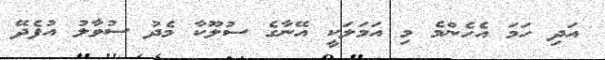
އަދި ހަމަ އެހެންމެ މި އަމަލަކީ އޭނާގެ ސުލޫކާ މެދު ސުވާލު އުފެދޭ